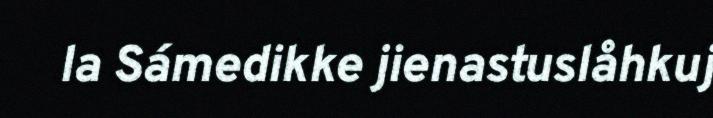
la Sámedikke jienastuslåhkuj